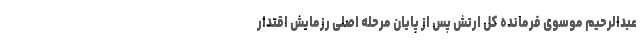
عبدالرحیم موسوی فرمانده کل ارتش پس از پایان مرحله اصلی رزمایش اقتدار